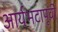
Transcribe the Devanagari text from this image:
आर्यभटापूर्वी